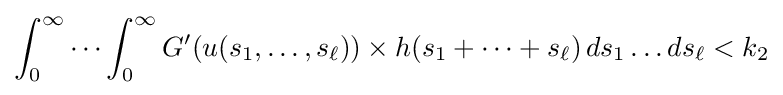
\int _{0}^{\infty }\cdots \int _{0}^{\infty }G'(u(s_{1},\ldots ,s_{\ell }))\times h(s_{1}+\cdots +s_{\ell })\,ds_{1}\ldots ds_{\ell }<k_{2}